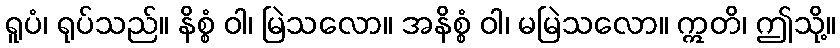
ရူပံ၊ ရုပ်သည်။ နိစ္စံ ဝါ၊ မြဲသလော။ အနိစ္စံ ဝါ၊ မမြဲသလော။ ဣတိ၊ ဤသို့။